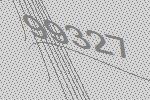
99327